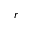
r